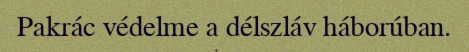
Pakrác védelme a délszláv háborúban.